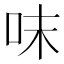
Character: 𠰌